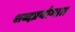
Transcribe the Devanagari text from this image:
शब्दप्रयोगात